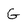
Character: G